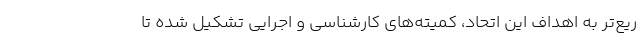
ریع‌تر به اهداف اين اتحاد، کمیته‌هاي كارشناسي و اجرايي تشكيل شده تا